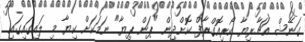
ގަނޭޝް އަޗާރިޔާ ކޯރިއޮގްރާފް ކޮށްދިން "ޕަން ޕިޔާ" ނަމަކަށް ކިޔާ މި ލައިގައިގައި